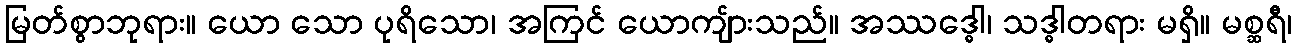
မြတ်စွာဘုရား။ ယော သော ပုရိသော၊ အကြင် ယောကျ်ားသည်။ အဿဒ္ဓေါ၊ သဒ္ဓါတရား မရှိ။ မစ္ဆရီ၊